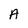
Character: A